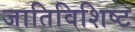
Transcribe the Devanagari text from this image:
जातिविशिष्ट